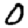
Digit: 0